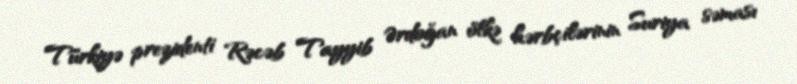
Türkiyə prezidenti Rəcəb Tayyib Ərdoğan ölkə hərbçilərinin Suriya səması